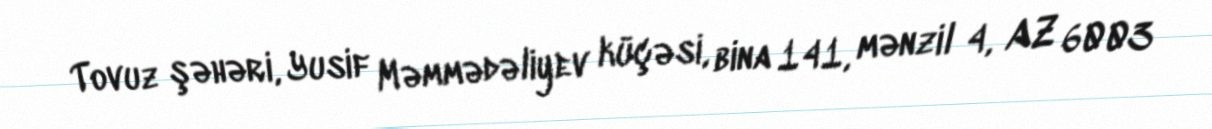
Tovuz şəhəri, Yusif Məmmədəliyev küçəsi, bina 141, mənzil 4, AZ 6003